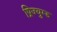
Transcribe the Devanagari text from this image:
प्रिज्युम्ड